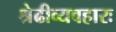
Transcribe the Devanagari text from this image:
श्रेढीव्यवहारः